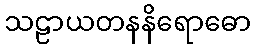
သဠာယတနနိရောဓော